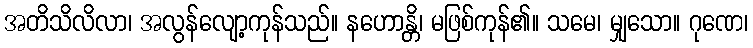
အတိသိလိလာ၊ အလွန်လျော့ကုန်သည်။ နဟောန္တိ၊ မဖြစ်ကုန်၏။ သမေ၊ မျှသော။ ဂုဏေ၊